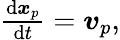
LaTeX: \begin{array}{r}{\frac{\mathrm{d}\boldsymbol{x}_{p}}{\mathrm{d}t}=\boldsymbol{v}_{p},}\end{array}